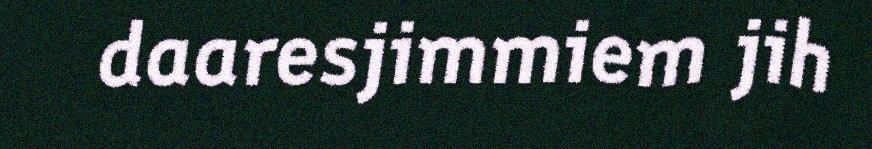
daaresjimmiem jih